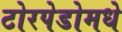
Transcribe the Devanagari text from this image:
टोरपेडोमधे